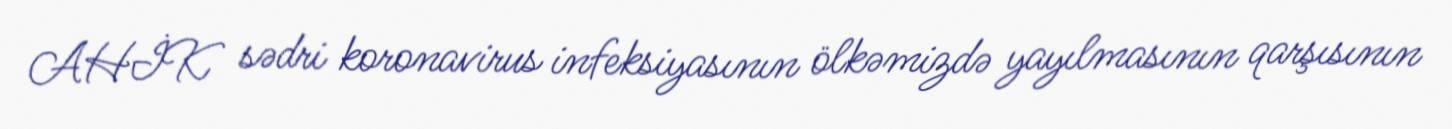
AHİK sədri koronavirus infeksiyasının ölkəmizdə yayılmasının qarşısının